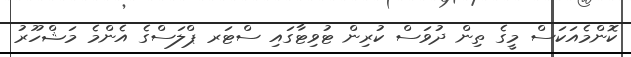
ކޮންމެއަކަސް މީގެ ތިން ދުވަސް ކުރިން ޓުވިޓާގައި ސްޓަރ ޕްލަސްގެ އެންމެ މަޝްހޫރު